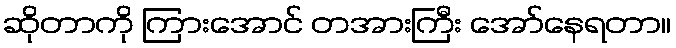
ဆိုတာကို ကြားအောင် တအားကြီး အော်နေရတာ။